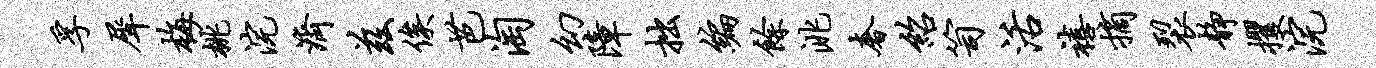
孚犀梅桃浣济兹俟芭淘幻障拙编余洮奢绍笥活禧摘裂静攫浣